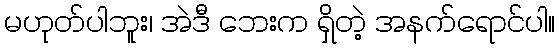
မဟုတ်ပါဘူး၊ အဲဒီ ဘေးက ရှိတဲ့ အနက်ရောင်ပါ။